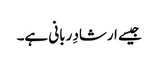
جیسے ارشادِ ربانی ہے۔